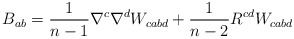
\begin{align*} B_{ab} = \frac{1}{n-1}\nabla^{c}\nabla^{d}W_{cabd} + \frac{1}{n-2}R^{cd}W_{cabd}\end{align*}